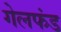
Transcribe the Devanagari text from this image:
गेलफंड